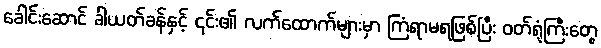
ခေါင်းဆောင် ခါယတ်ခန်နှင့် ၎င်း၏ လက်ထောက်များမှာ ကြံရာမရဖြစ်ပြီး ဝတ်ရုံကြီးတွေ